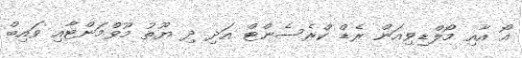
އޯ އާއި މޯލްޑިވިއަން ރެޑް ކްރެސެންޓް އަދި ދި ޔޫތު މޫވްމަންޓާއި ވައިބް